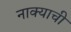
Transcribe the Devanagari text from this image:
नाक्याची